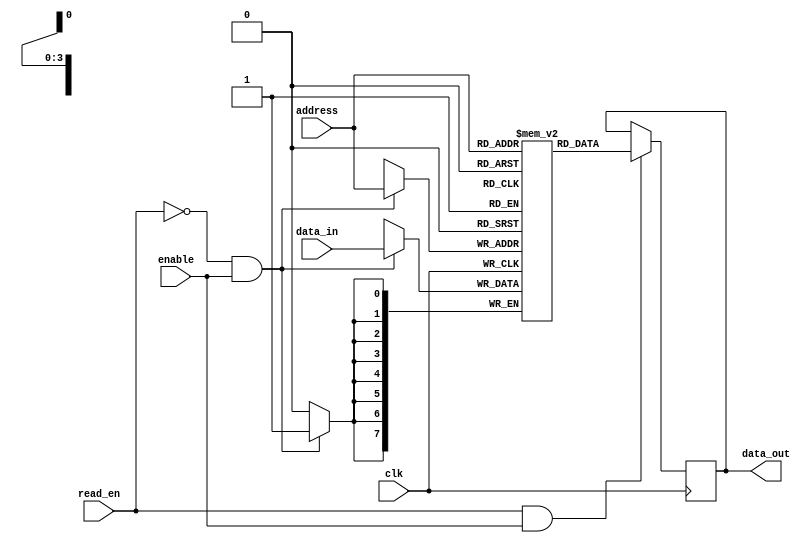
`timescale 1ns / 1ps
///////////////////////////////////////
// Module Name: Single_Port_RAM
// Project Name: Design of Memories
///////////////////////////////////////
`define WIDTH 8
`define DEPTH 16 //16x8 RAM(16 Bytes)
`define ADDR $clog2(`DEPTH)
module Single_Port_RAM(
    input clk,
    input enable,
    input read_en, //read_en=1 means read, 0 means write
    input [(`ADDR-1):0] address,
    input [(`WIDTH-1):0] data_in,
    output reg [(`WIDTH-1):0] data_out
    );
    
    reg [(`WIDTH-1):0] Memory_RAM [(`DEPTH-1):0];//8x16(16 Bytes)
    wire write_en;
    assign write_en=~read_en;
    
    //Read-Operation
    always@(posedge clk) begin
        if(read_en && enable)
            data_out<=Memory_RAM[address];
        else ;
    end
    //Write-operation
    always@(posedge clk) begin
        if(write_en && enable)
            Memory_RAM[address]<=data_in;
        else    ; //Do Nothing
    end        
endmodule